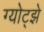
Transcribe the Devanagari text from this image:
ग्योट्झे